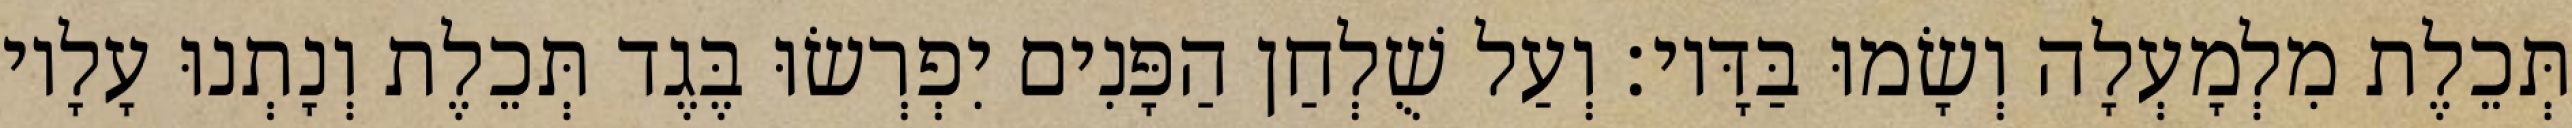
תְּכֵלֶת מִלְמָעְלָה וְשָׂמוּ בַּדָּיו׃ וְעַל שֻׁלְחַן הַפָּנִים יִפְרְשׂוּ בֶּגֶד תְּכֵלֶת וְנָתְנוּ עָלָיו